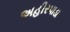
અહીરપાડા